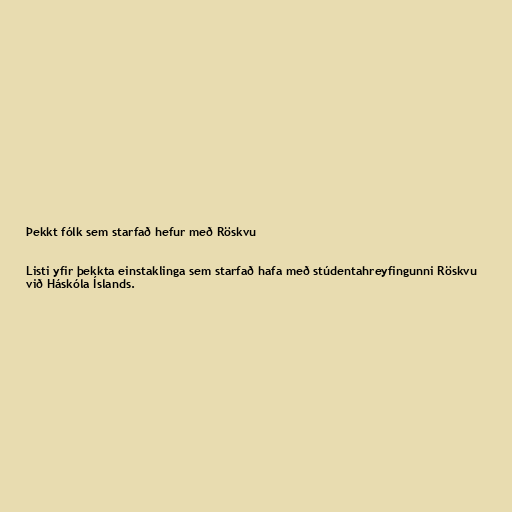
Þekkt fólk sem starfað hefur með Röskvu

Listi yfir þekkta einstaklinga sem starfað hafa með stúdentahreyfingunni Röskvu
við Háskóla Íslands.